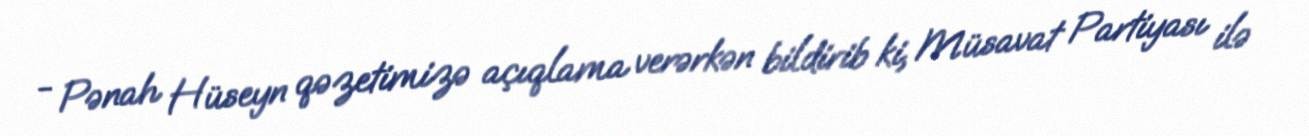
- Pənah Hüseyn qəzetimizə açıqlama verərkən bildirib ki, Müsavat Partiyası ilə